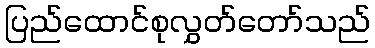
ပြည်ထောင်စုလွှတ်တော်သည်